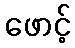
ဖောင့်